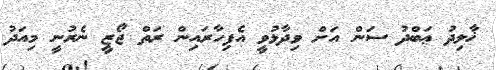
ޚާލިދު ޢަބްދު ސަން އަށް ވިދާޅުވީ އެފިހާރައިން ރަތް ޖޯޒީ ނެރުނީ މިއަދު